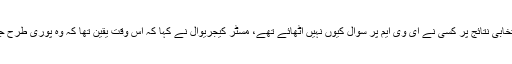
.یہ سوال کیے جانے پر کہ دہلی اور بہار کے اسمبلی انتخابی نتائج پر کسی نے ای وی ایم پر سوال کیوں نہیں اٹھائے تھے، مسٹر کیجریوال نے کہا کہ اس وقت یقین تھا کہ وہ پوری طرح جیت رہے ہیں لہذا کسی قسم کی گڑبڑی نہیں کرائی گئی۔